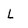
Character: L